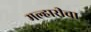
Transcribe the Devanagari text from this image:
मल्हारीचा